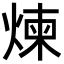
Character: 煉